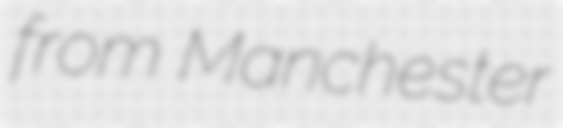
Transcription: from Manchester